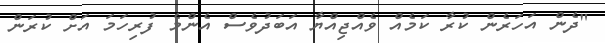
"ދެން އަހަރެން ކުރާ ކަމެއް ވެއްޖިއްޔާ އަބަދުވެސް އެންމެ ފުރިހަމަ އަށް ކުރަން